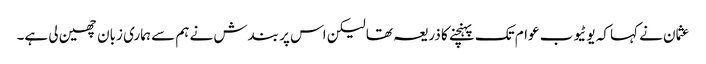
عثمان نے کہا کہ یوٹیوب عوام تک پہنچنے کا ذریعہ تھا لیکن اس پر بندش نے ہم سے ہماری زبان چھین لی ہے۔